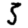
Digit: 5